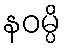
နဝမ္ပိ